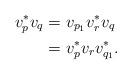
LaTeX: \begin{align*}v_p^*v_q &= v_{p_1}v_r^*v_q \\&= v_p^*v_rv_{q_1}^*.\end{align*}